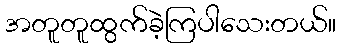
အတူတူထွက်ခဲ့ကြပါသေးတယ်။